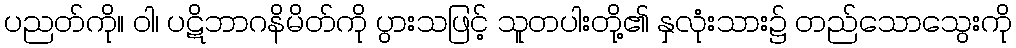
ပညတ်ကို။ ဝါ၊ ပဋိဘာဂနိမိတ်ကို ပွားသဖြင့် သူတပါးတို့၏ နှလုံးသား၌ တည်သောသွေးကို